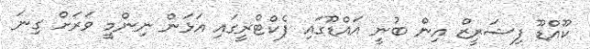
ކޫއްޑޫ ފިޝަރީޒް އިން ބުނީ އައްޑޫގައި ފެކްޓްރީގައި އަޅަން ނިންމީ ވަރަށް ގިނަ